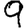
Digit: 9